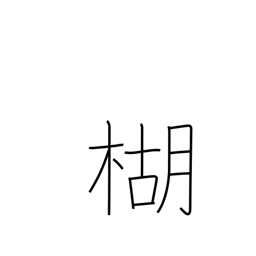
Meaning: pepper